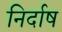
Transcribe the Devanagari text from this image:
निर्दाष